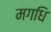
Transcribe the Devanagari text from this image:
मगधि